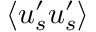
\langle u _ { s } ^ { \prime } u _ { s } ^ { \prime } \rangle